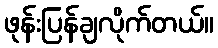
ဖုန်းပြန်ချလိုက်တယ်။